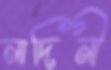
নাদিনী